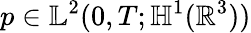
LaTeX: p\in\mathbb{L}^{2}(0,T;\mathbb{H}^{1}(\mathbb{R}^{3}))